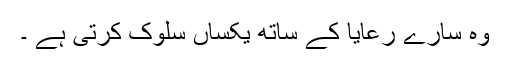
وہ سارے رعایا کے ساتھ یکساں سلوک کرتی ہے ۔